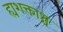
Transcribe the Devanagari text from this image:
ह्यशक्ताश्च